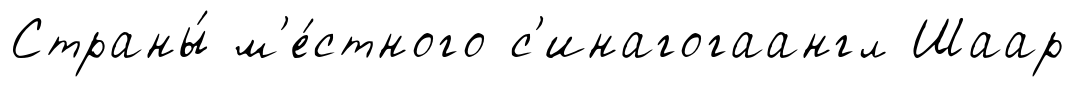
Страны́ м'е́стного с'инагогаангл Шаар